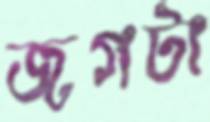
জগটা